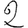
Digit: 2